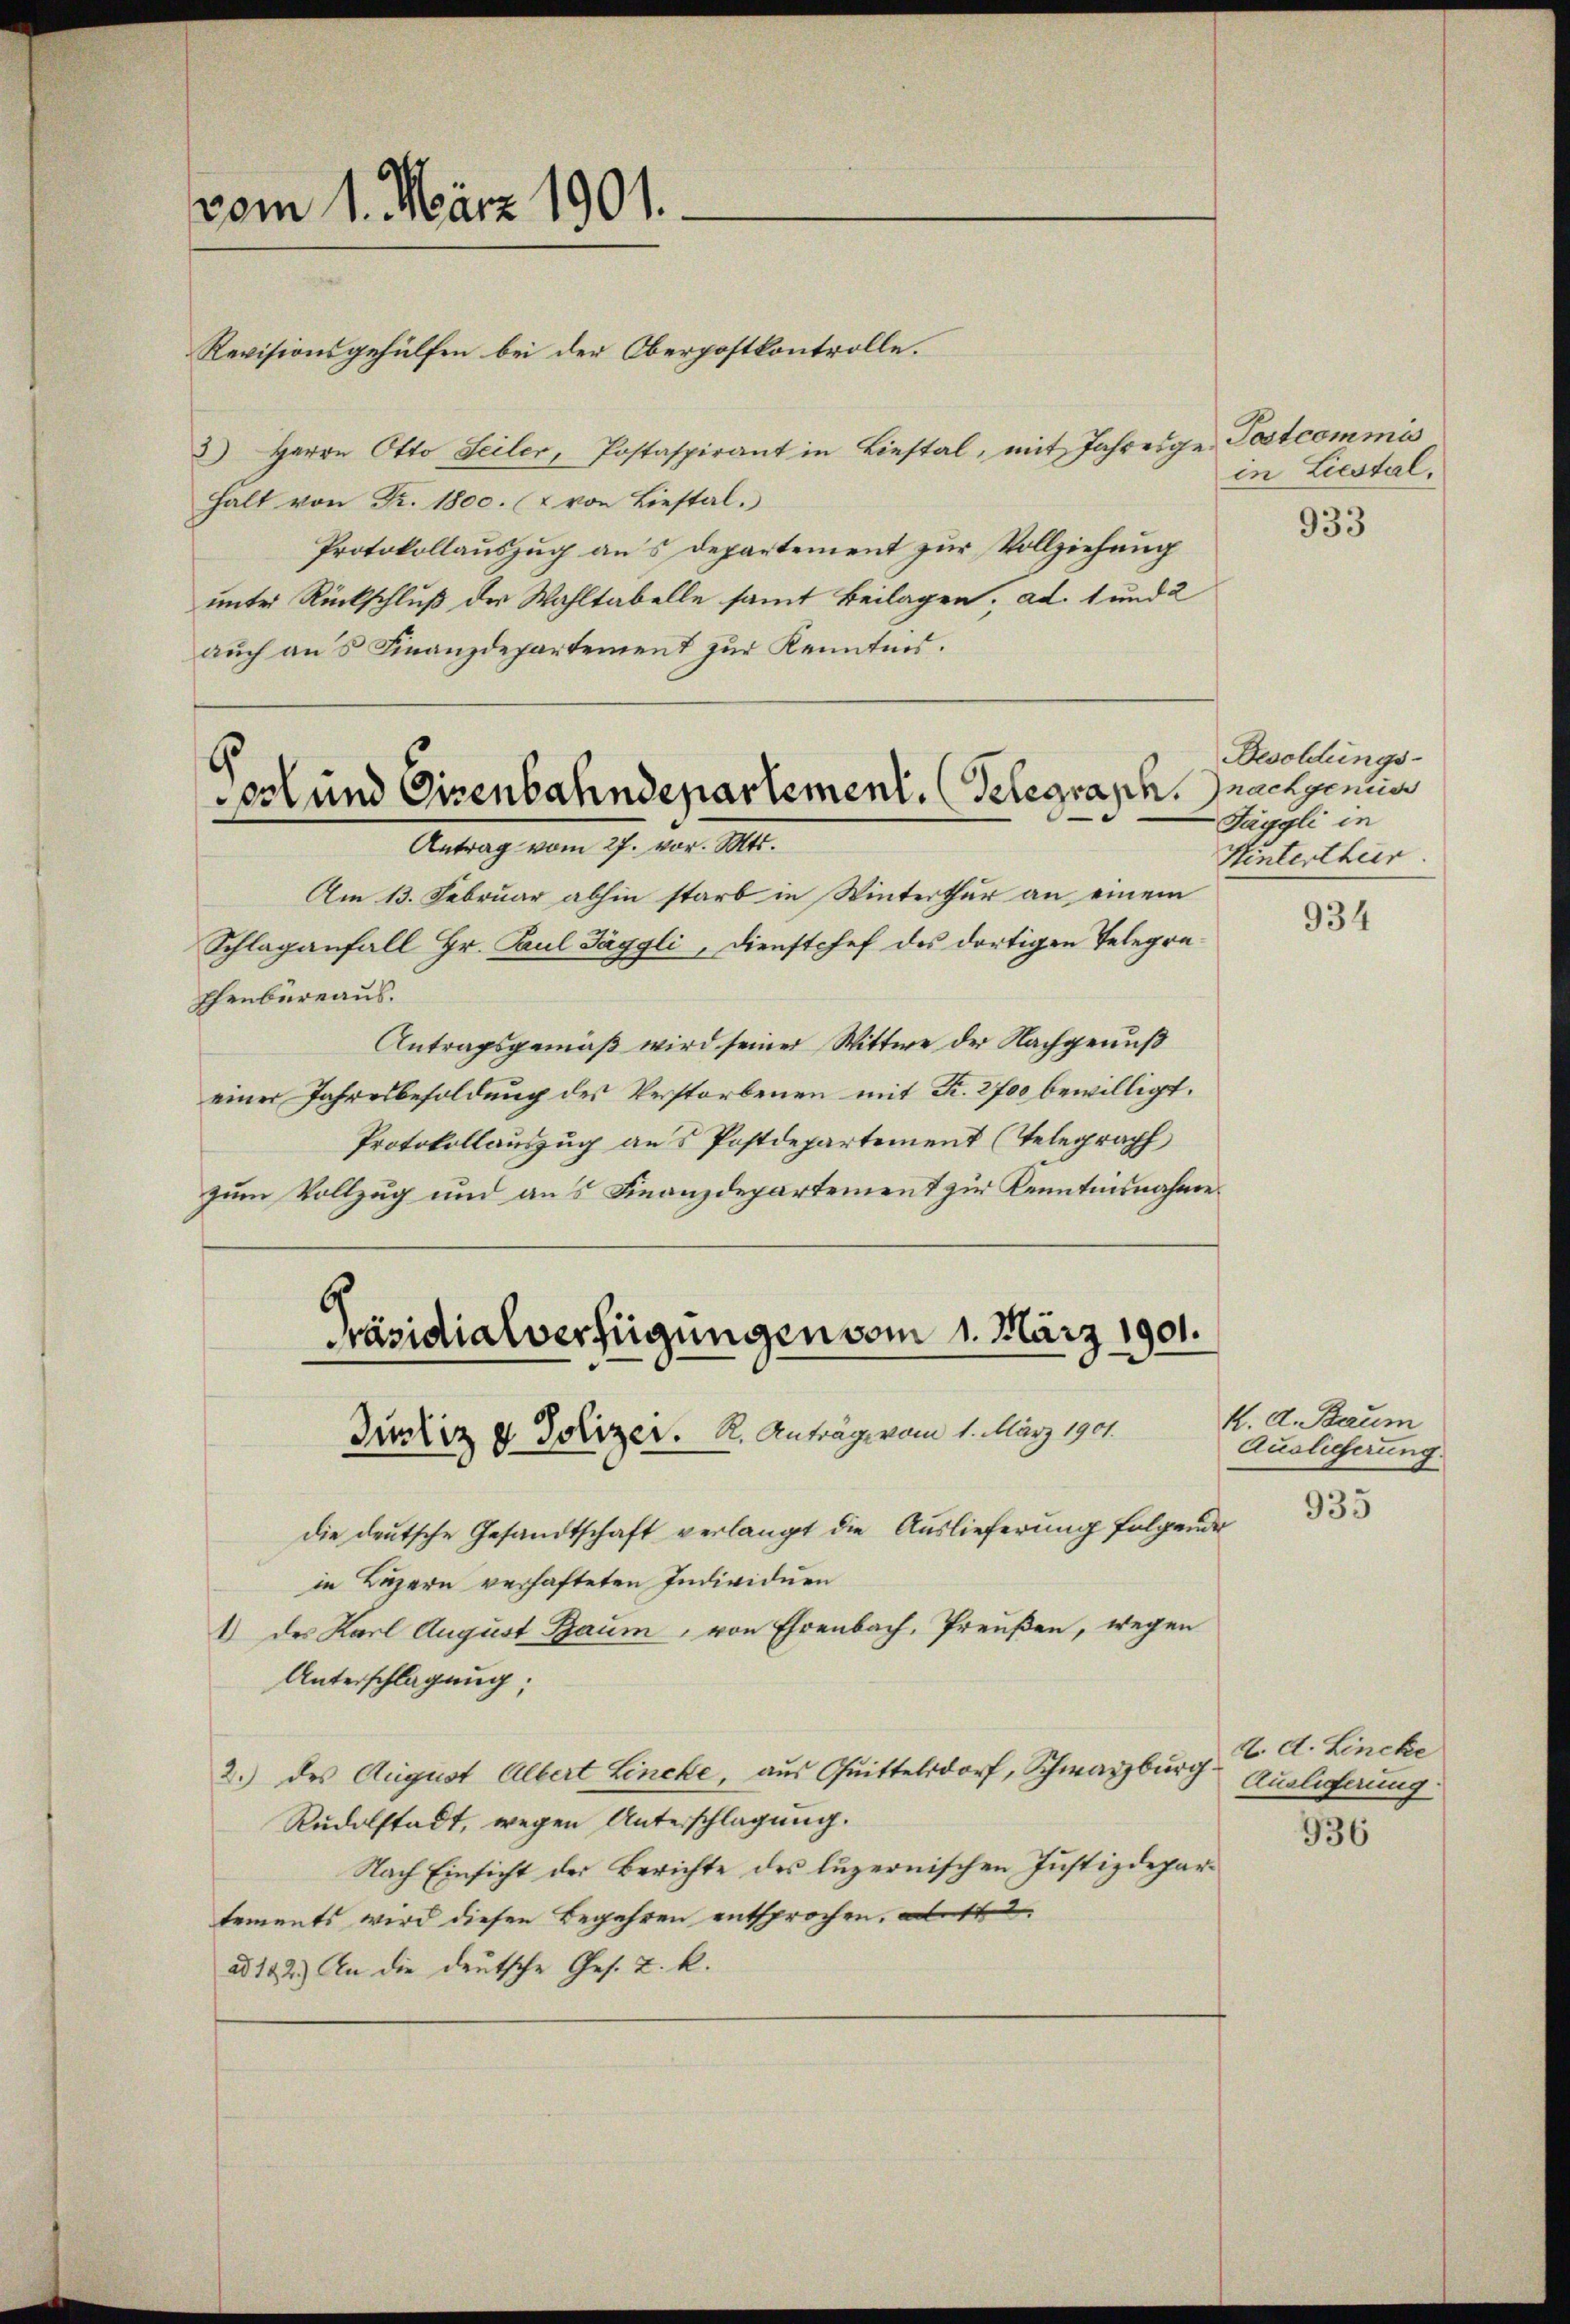
vom 1. März 1901.

ost und Eisenbahndepartement. Seegraph, nachgemein
Antrag vom 27. vor. Mts.

Am 13. Februar abhin starb in Winterthur an einem
Schlaganfall Hr. Paul Jäggli, Dienstchef des dortigen Telegra¬
Ehenbüreaus.
Antragsgemäß wird seiner Wittwe der Nachgenuß
einer Jahresbesoldung des Verstorbenen mit Fr. 2700 bewilligt.
Protokollauszug aus Postdepartement (Telegraph
zum Vollzug und aus Finanzdepartement zur Kenntnisnahme
die deutsche Gesandtschaft verlangt die Auslieferung folgende
in Luzern verhafteten Individuen
1) des Karl August Baum, von Ehrenbach, Preußen, wegen
Unterschlagung:
2.) des August Albert Lencke, aus Quittelsdorf, Schwarzburg
Rudolstadt, wegen Unterschlagung.
Nach Einsicht der Berichte des luzernischen Justizdepartements wird diesen Begehren entsprochen. Al. 12
ad 122.) An die deutsche Ges. Z. k.

Revisionsgehülfen bei der Oberpostkontrolle.
3) Herrn Otto Seiler, Postaspirant in Liestal, mit Jahresge Postcommis
halt von Fr. 1800. (& von Liestal.
Protokollauszug aus departement zur Vollziehung
unter Rückschluß der Wahltabelle samt Beilagen, ad. 1 und 2
auch aus Finanzdepartement zur Kenntnis.

in Liestal.

räsidialverfügungen vom 1. März 1901.
Dirkiz & Polizer. K. Anträge vom 1. März 1901.

933

Besoldungs-
Jäggli in
Hinterthur.

934

K. A. Baum
Auslieferung.

935

d. d. Lincke
Auslieferung
936